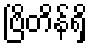
ဗြိတိန်ရှိ